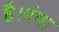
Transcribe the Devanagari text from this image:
है।गंगा